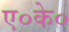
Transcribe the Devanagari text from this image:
ए०के०